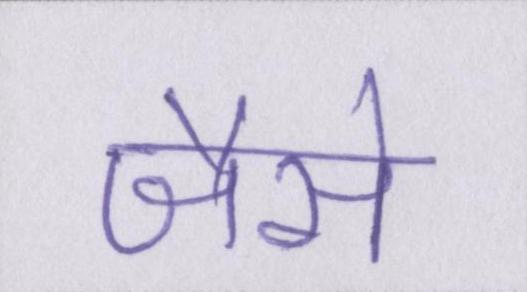
जैसै